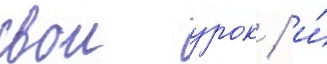
свои урок / и́